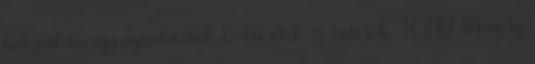
használata egy nyomtatónál 15 Méretek és típusok. SONY Memory